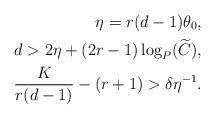
LaTeX: \begin{align*}\eta=r(d-1)\theta_0, \\d>2\eta+(2r-1)\log_P(\widetilde{C}) ,\\\frac{K}{r(d-1)}-(r+1)>\delta\eta^{-1}.\end{align*}